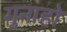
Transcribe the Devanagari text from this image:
गुनाहो